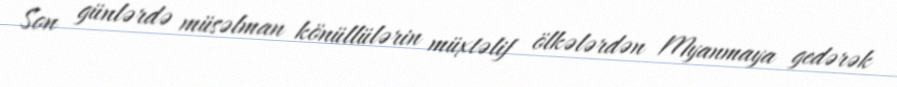
Son günlərdə müsəlman könüllülərin müxtəlif ölkələrdən Myanmaya gedərək